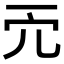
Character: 𠑺